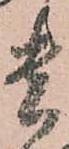
貴